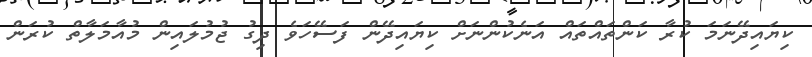
ކިޔައިދޭނަމަ ކުރާ ކަންތައްތައް އަނެކުންނަށް ކިޔައިދޭން ފަސޭހަވެ ދިގު ޖުމުލައިން މުއާމަލާތް ކުރަން